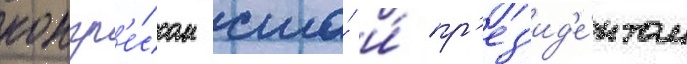
конгр'е́ссом сша́ и́ пр'ез'ид'е́нтом